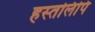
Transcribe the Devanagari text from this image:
हस्‍तलिपि